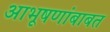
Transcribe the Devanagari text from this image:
आभूषणांबाबत